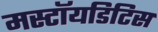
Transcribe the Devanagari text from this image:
मस्टॉयडिटिस